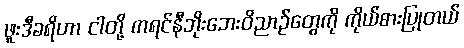
ဖူးဒီခရိဟာ ငါတို့ ကရင်နီဘိုးဘေးဝိညာဉ်တွေကို ကိုယ်စားပြုတယ်